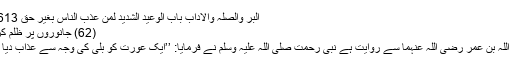
البر والصلہ والاداب باب الوعید الشدید لمن عذب الناس بغیر حق 2613)
(62) جانوروں پر ظلم کرنا:
عبد اللہ بن عمر رضی اللہ عنہما سے روایت ہے نبی رحمت صلی اللہ علیہ وسلم نے فرمایا: ’’ایک عورت کو بلی کی وجہ سے عذاب دیا گیا۔